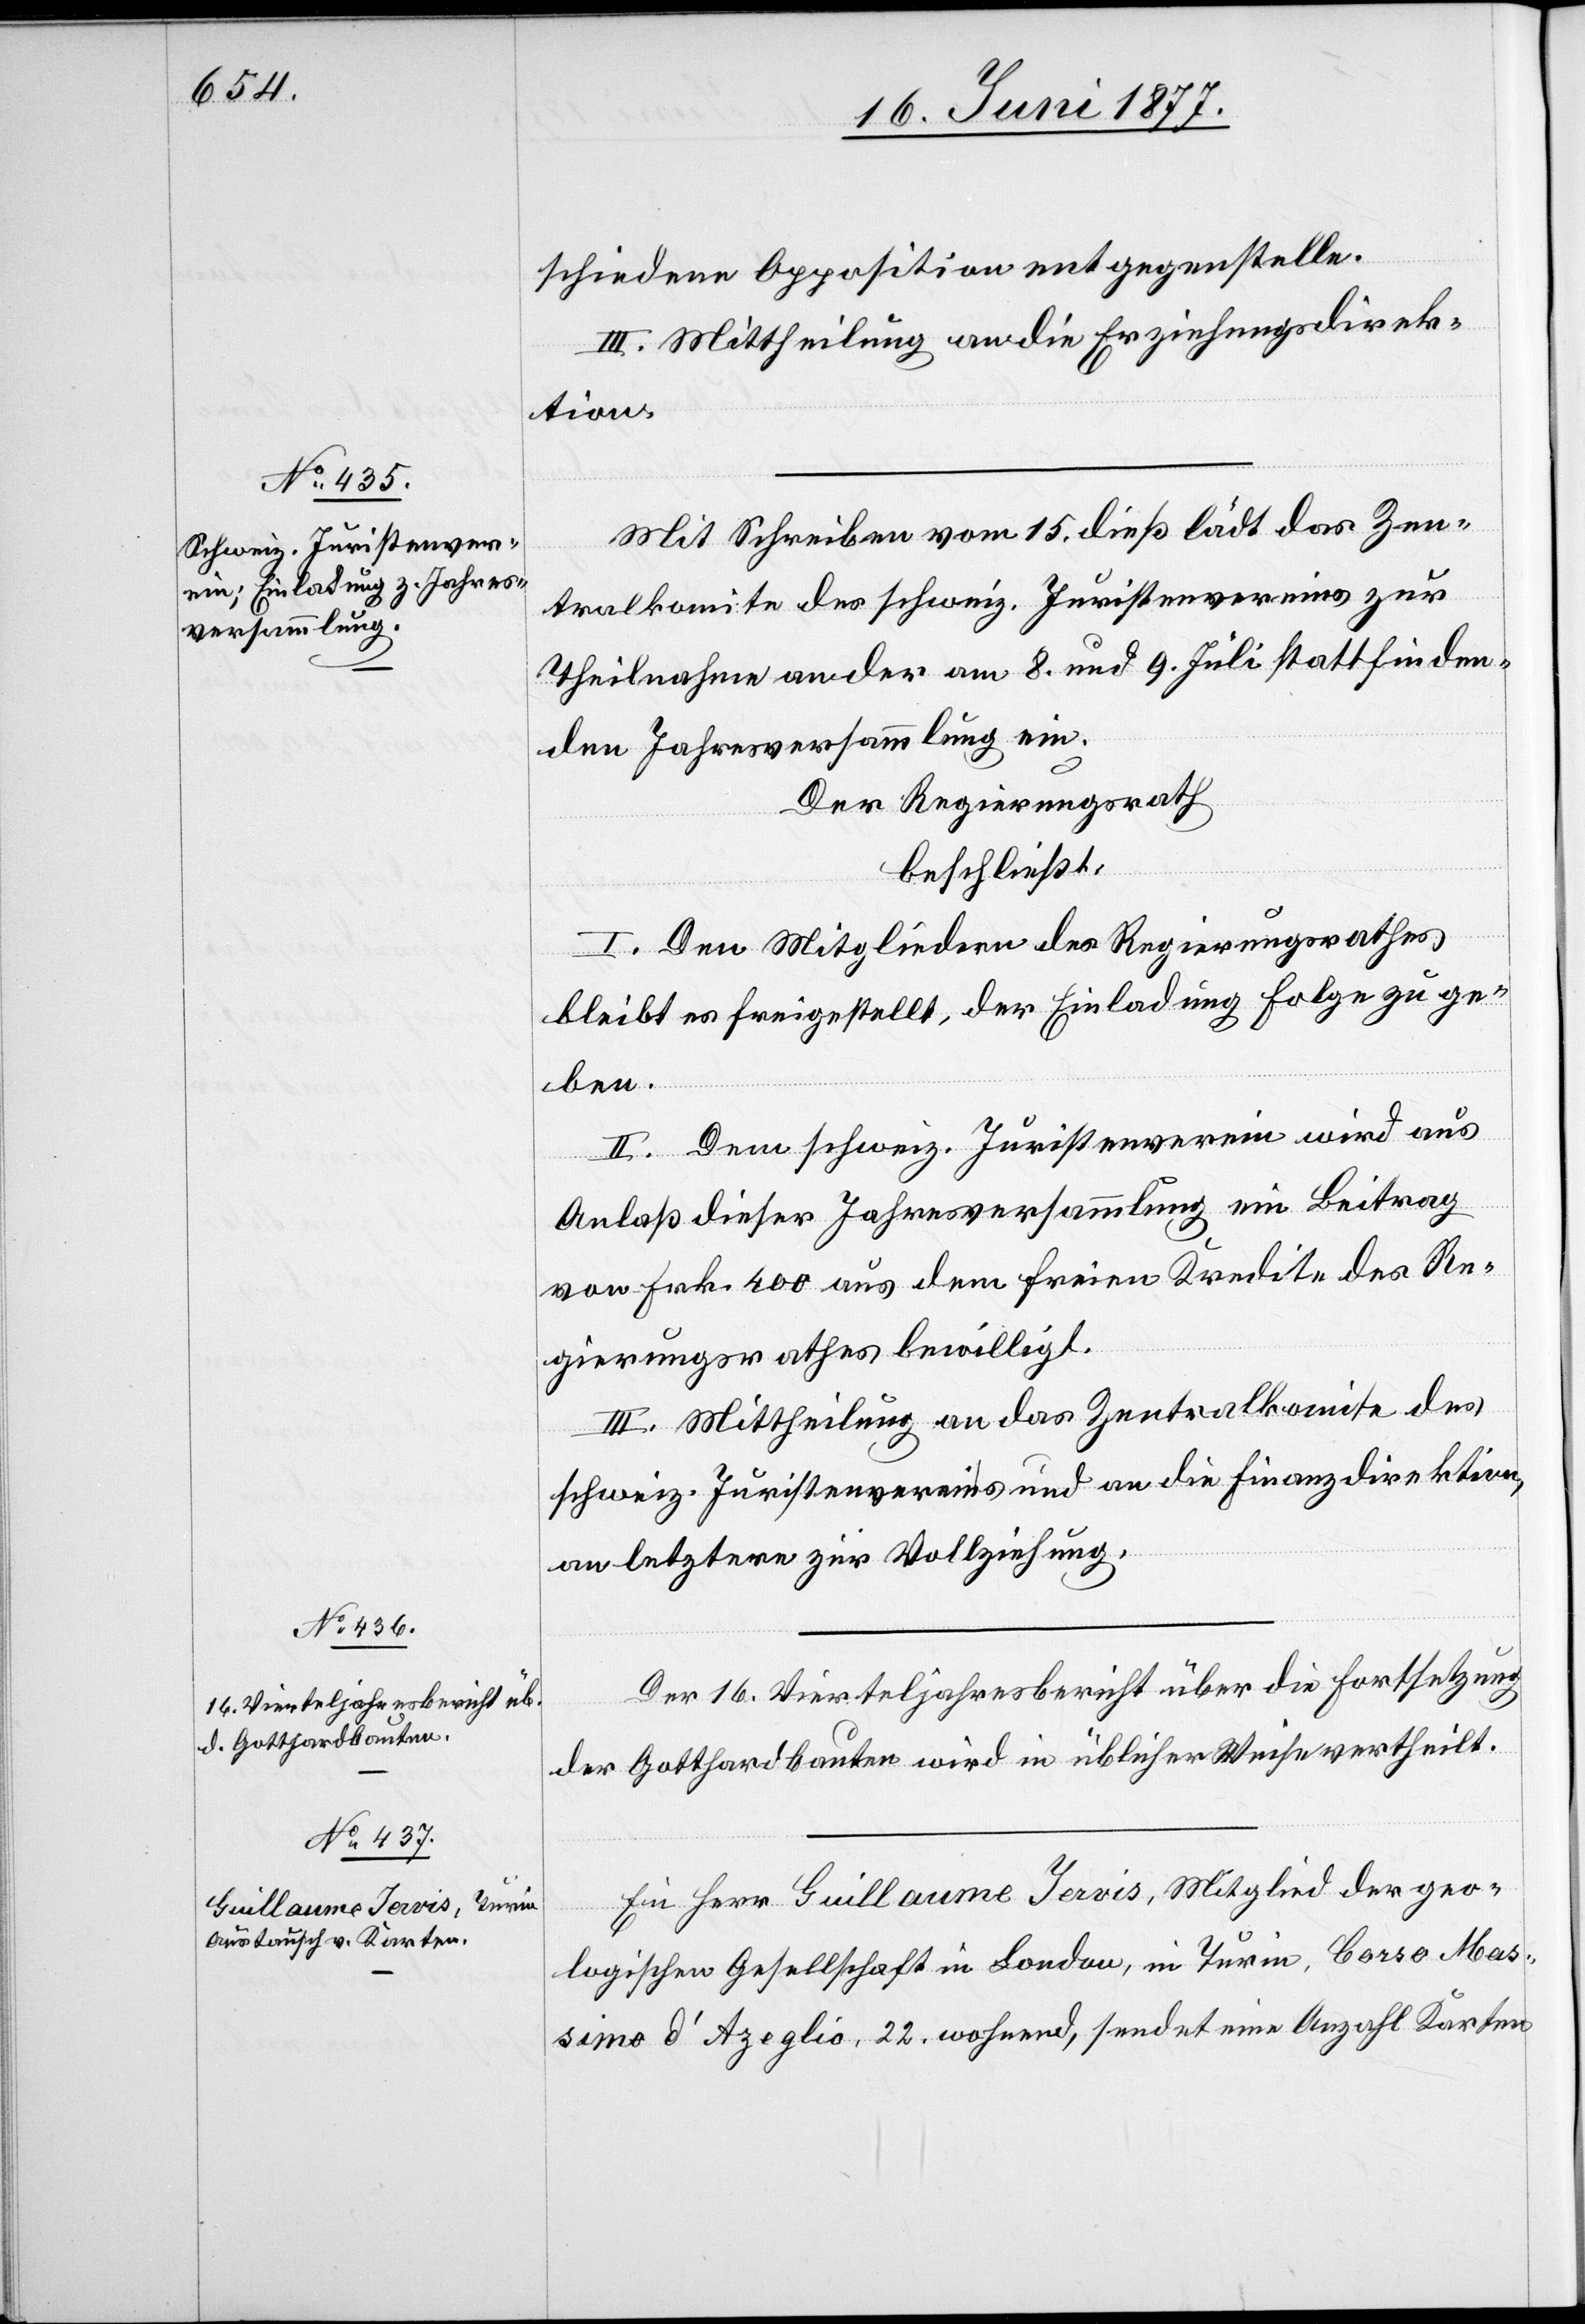
schiedene Opposition entgegenstellen.
III. Mittheilung an die Erziehungsdirek¬
tion.
Mit Schreiben vom 15. dieß lädt das Zen¬
tralkomite des schweiz. Juristenvereins zur
Theilnahme an der am 8. und 9. Juli stattfinden¬
den Jahresversammlung ein.
Der Regierungsrath
beschließt:
I. Den Mitgliedern des Regierungsrathes
bleibt freigestellt, der Einladung Folge zu le¬
II. Dem schweiz. Industrieverein wird aus
isten.
Anlaß dieser Jahresversammlung ein Beitrag
von Frk. 400 aus dem freien Kredite des Re¬
gierungsrathes bewilligt.
III. Mittheilung an das Zentralkomite des
schweiz. Juristenvereins und an die Finanzdirektion,
an letztere zur Vollziehung.
Der 16. Vierteljahresbericht über die Fortsetzung
der Gotthardbauten wird in üblicher Weise vertheilt.
Ein Herr Guillaume Jervis, Mitglied der geo¬
logischen Gesellschaft in London, in Turin, Corso Mas¬
simo d’Azeglio, 22. wohnend, sendet eine Anzahl Karten